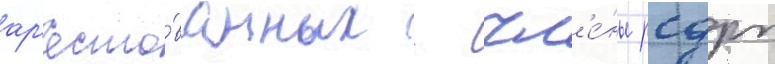
ар'есто́ванных - чл'е́ны рсдрп